Leaving Certificate, 1896
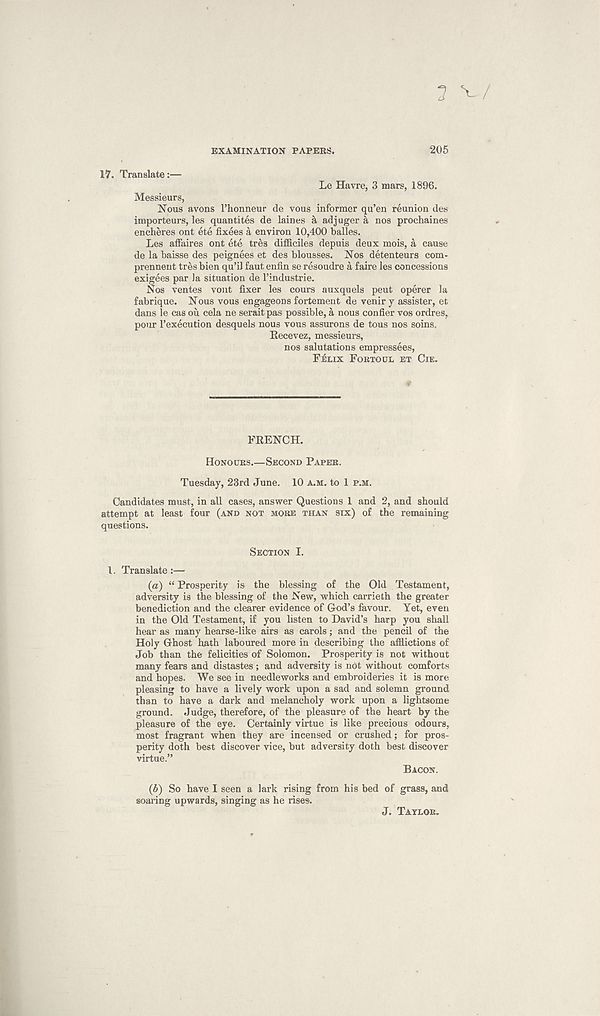
3 w
EXAMINATION PAPERS.
17. Translate:—
Le Havre, 3 mars, 1896.
Messieurs,
Nous avons Phonneur de vous informer qu’en reunion des
importeurs, les quantites de laines a adjuger a nos prochaines
encheres ont ete fixees a environ 10,400 balles.
Les affaires ont ete tres difficiles depuis deux mois, a cause
de la baisse des peignees et des blousses. Nos detenteurs com-
prennent tres bien qu’il faut enfin se resoudre a faire les concessions
exigees par la situation de Pindustrie.
Nos ventes vont fixer les cours auxquels peut operer la
fabrique. Nous vous engageons fortement de veniry assister, et
dans le cas ou cela ne serait pas possible, a nous confer vos ordres,
pour Pexecution desquels nous vous assurons de tous nos soins.
Kecevez, messieurs,
nos salutations empressees,
FELIX FORTOUL ET CIE.
FRENCH.
HONOURS.—SECOND PAPER.
Tuesday, 23rd June. 10 A.M. to 1 P.M.
Candidates must, in all cases, answer Questions 1 and 2, and should
attempt at least four (AND NOT MORE THAN SIX) of the remaining
questions.
SECTION I.
1. Translate :—
(a) “ Prosperity is the blessing of the Old Testament,
adversity is the blessing of the New, which carrieth the greater
benediction and the clearer evidence of God’s favour. Yet, even
in the Old Testament, if you listen to David’s harp you shall
hear as many hearse-like airs as carols; and the pencil of the
Holy Ghost hath laboured more in describing the afflictions of
Job than the felicities of Solomon. Prosperity is not without
many fears and distastes; and adversity is not without comforts
and hopes. We see in needleworks and embroideries it is more
pleasing to have a lively work upon a sad and solemn ground
than to have a dark and melancholy work upon a lightsome
ground. Judge, therefore, of the pleasure of the heart by the
pleasure of the eye. Certainly virtue is like precious odours,
most fragrant when they are incensed or crushed; for pros-
perity doth best discover vice, but adversity doth best discover
virtue.”
BACON.
(b) So have I seen a lark rising from his bed of grass, and
soaring upwards, singing as he rises.
J. TAYLOR.